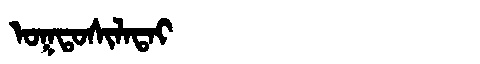
Manchu: ᠣᡴᡨᠣᠰᡳᠯᠠᡨᠠᡳ
Romanization: OKTOSILATAI